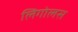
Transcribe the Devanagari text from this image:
लिगोलस